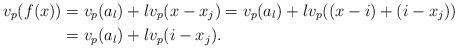
LaTeX: \begin{align*}v_p(f(x))&=v_p(a_l)+lv_p(x-x_j)=v_p(a_l)+lv_p((x-i)+(i-x_j))\\&=v_p(a_l)+lv_p(i-x_j).\end{align*}